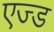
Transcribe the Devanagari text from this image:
एज्ड